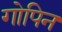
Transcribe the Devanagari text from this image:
गोपिन